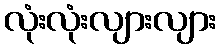
လုံးလုံးလျားလျား